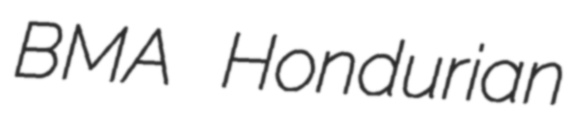
BMA Hondurian